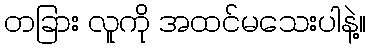
တခြား လူကို အထင်မသေးပါနဲ့။